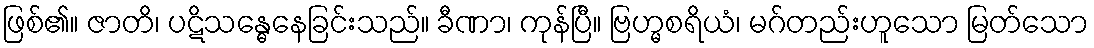
ဖြစ်၏။ ဇာတိ၊ ပဋိသန္ဓေနေခြင်းသည်။ ခီဏာ၊ ကုန်ပြီ။ ဗြဟ္မစရိယံ၊ မဂ်တည်းဟူသော မြတ်သော